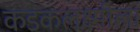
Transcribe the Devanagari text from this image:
कडकलक्ष्मीला